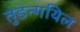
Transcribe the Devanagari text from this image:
तुडन्गयिल